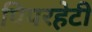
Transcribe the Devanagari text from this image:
पिपरहेटी